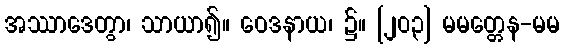
အဿာဒေတွာ၊ သာယာ၍။ ဝေဒနာယ၊ ၌။ [၂၀၃] မမတ္တေန-မမ